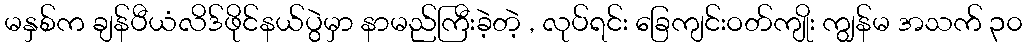
မနှစ်က ချန်ပီယံလိဒ်ဖိုင်နယ်ပွဲမှာ နာမည်ကြီးခဲ့တဲ့ , လုပ်ရင်း ခြေကျင်းဝတ်ကျိုး ကျွန်မ အသက် ၃၀